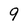
Character: 9